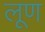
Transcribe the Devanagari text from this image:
लूण